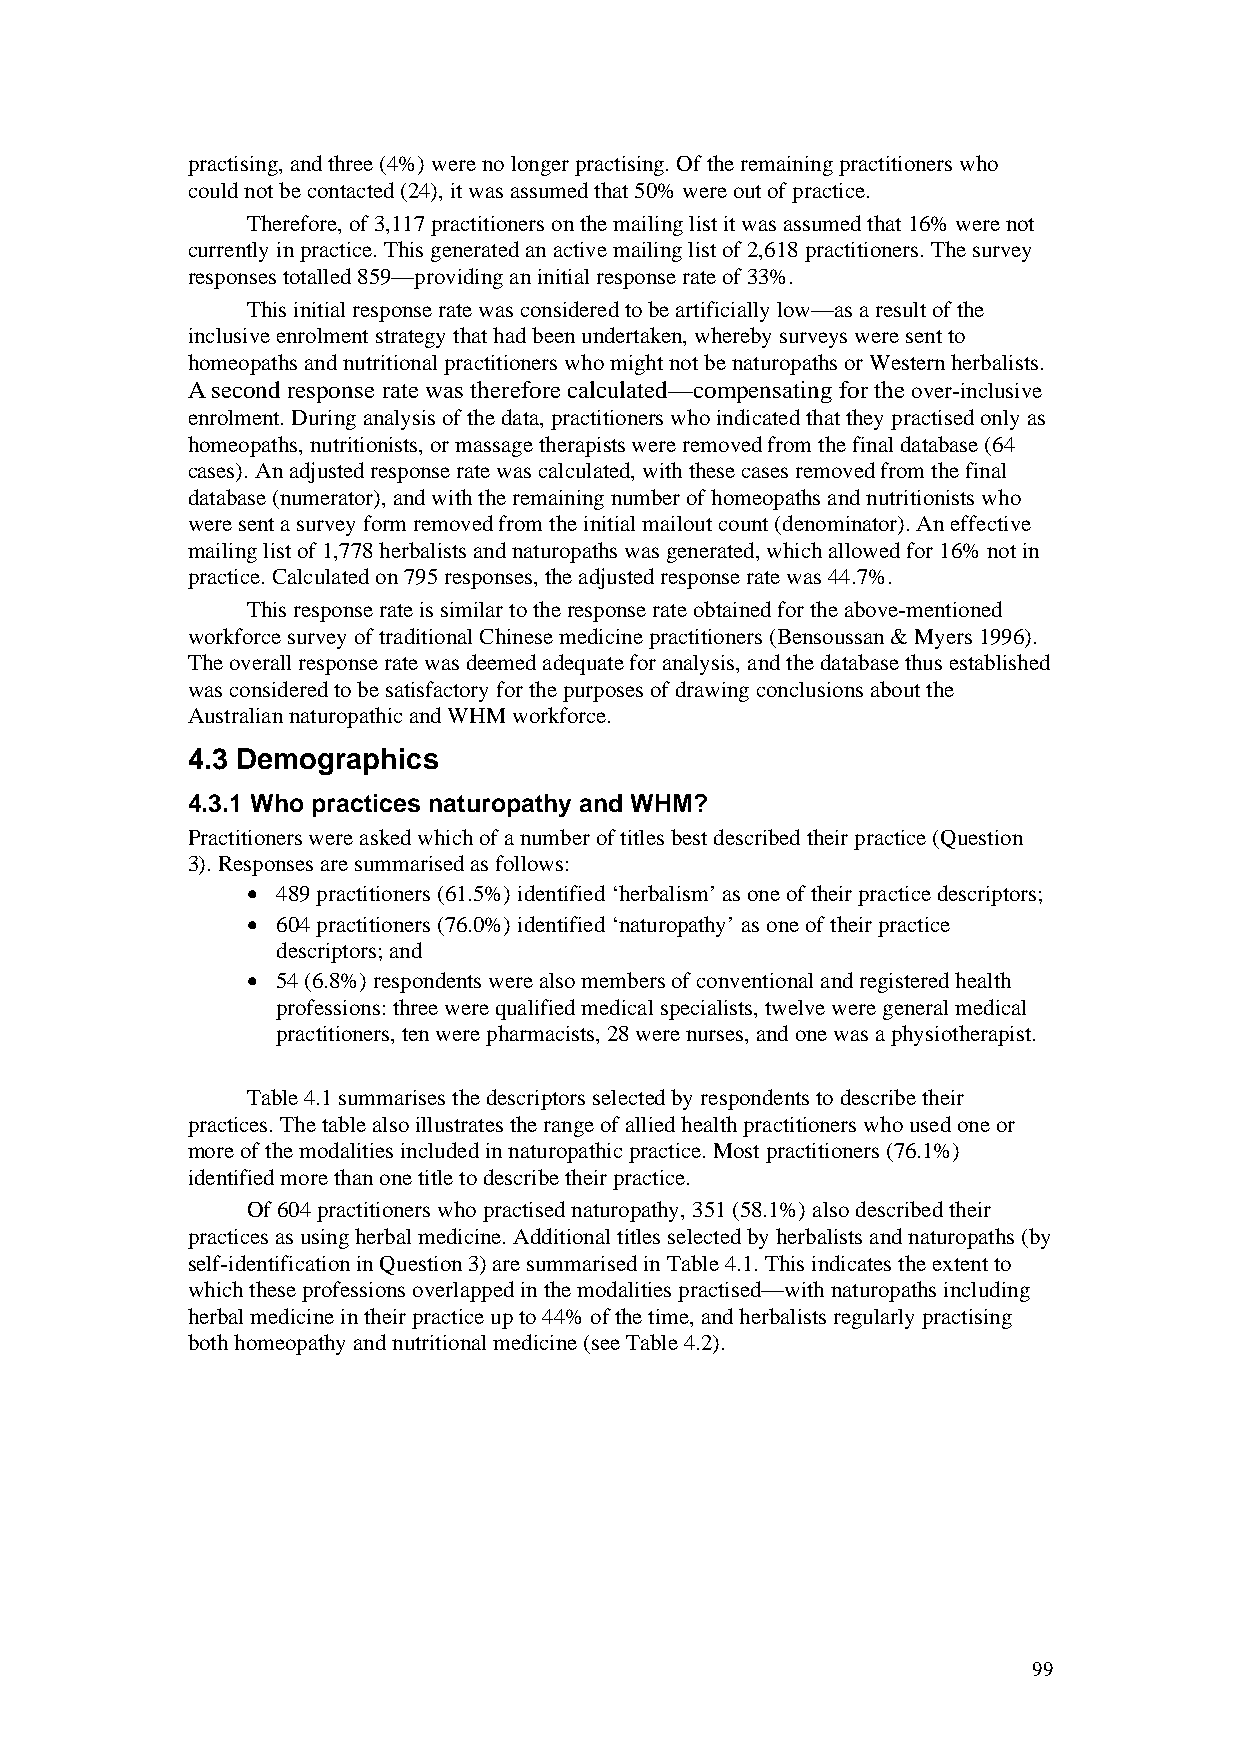
practising, and three (4%) were no longer practising. Of the remaining practitioners who
 could not be contacted (24), it was assumed that 50% were out of practice.
 Therefore, of 3,117 practitioners on the mailing list it was assumed that 16% were not
 currently in practice. This generated an active mailing list of 2,618 practitioners. The survey
 responses totalled 859—providing an initial response rate of 33%.
 This initial response rate was considered to be artificially low—as a result of the
 inclusive enrolment strategy that had been undertaken, whereby surveys were sent to
 homeopaths and nutritional practitioners who might not be naturopaths or Western herbalists.
 A second response rate was therefore calculated—compensating for the over-inclusive
 enrolment. During analysis of the data, practitioners who indicated that they practised only as
 homeopaths, nutritionists, or massage therapists were removed from the final database (64
 cases). An adjusted response rate was calculated, with these cases removed from the final
 database (numerator), and with the remaining number of homeopaths and nutritionists who
 were sent a survey form removed from the initial mailout count (denominator). An effective
 mailing list of 1,778 herbalists and naturopaths was generated, which allowed for 16% not in
 practice. Calculated on 795 responses, the adjusted response rate was 44.7%.
 This response rate is similar to the response rate obtained for the above-mentioned
 workforce survey of traditional Chinese medicine practitioners (Bensoussan & Myers 1996).
 The overall response rate was deemed adequate for analysis, and the database thus established
 was considered to be satisfactory for the purposes of drawing conclusions about the
 Australian naturopathic and WHM workforce.
 4.3 Demographics
 4.3.1 Who practices naturopathy and WHM?
 Practitioners were asked which of a number of titles best described their practice (Question
 3). Responses are summarised as follows:
 • 489 practitioners (61.5%) identified ‘herbalism’ as one of their practice descriptors;
 • 604 practitioners (76.0%) identified ‘naturopathy’ as one of their practice
 descriptors; and
 • 54 (6.8%) respondents were also members of conventional and registered health
 professions: three were qualified medical specialists, twelve were general medical
 practitioners, ten were pharmacists, 28 were nurses, and one was a physiotherapist.
 Table 4.1 summarises the descriptors selected by respondents to describe their
 practices. The table also illustrates the range of allied health practitioners who used one or
 more of the modalities included in naturopathic practice. Most practitioners (76.1%)
 identified more than one title to describe their practice.
 Of 604 practitioners who practised naturopathy, 351 (58.1%) also described their
 practices as using herbal medicine. Additional titles selected by herbalists and naturopaths (by
 self-identification in Question 3) are summarised in Table 4.1. This indicates the extent to
 which these professions overlapped in the modalities practised—with naturopaths including
 herbal medicine in their practice up to 44% of the time, and herbalists regularly practising
 both homeopathy and nutritional medicine (see Table 4.2).
 99